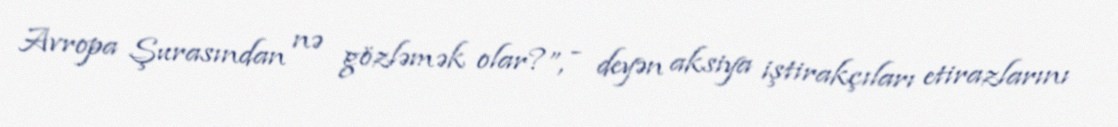
Avropa Şurasından nə gözləmək olar?”, - deyən aksiya iştirakçıları etirazlarını